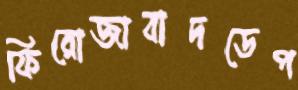
ফিরোজাবাদডেপ